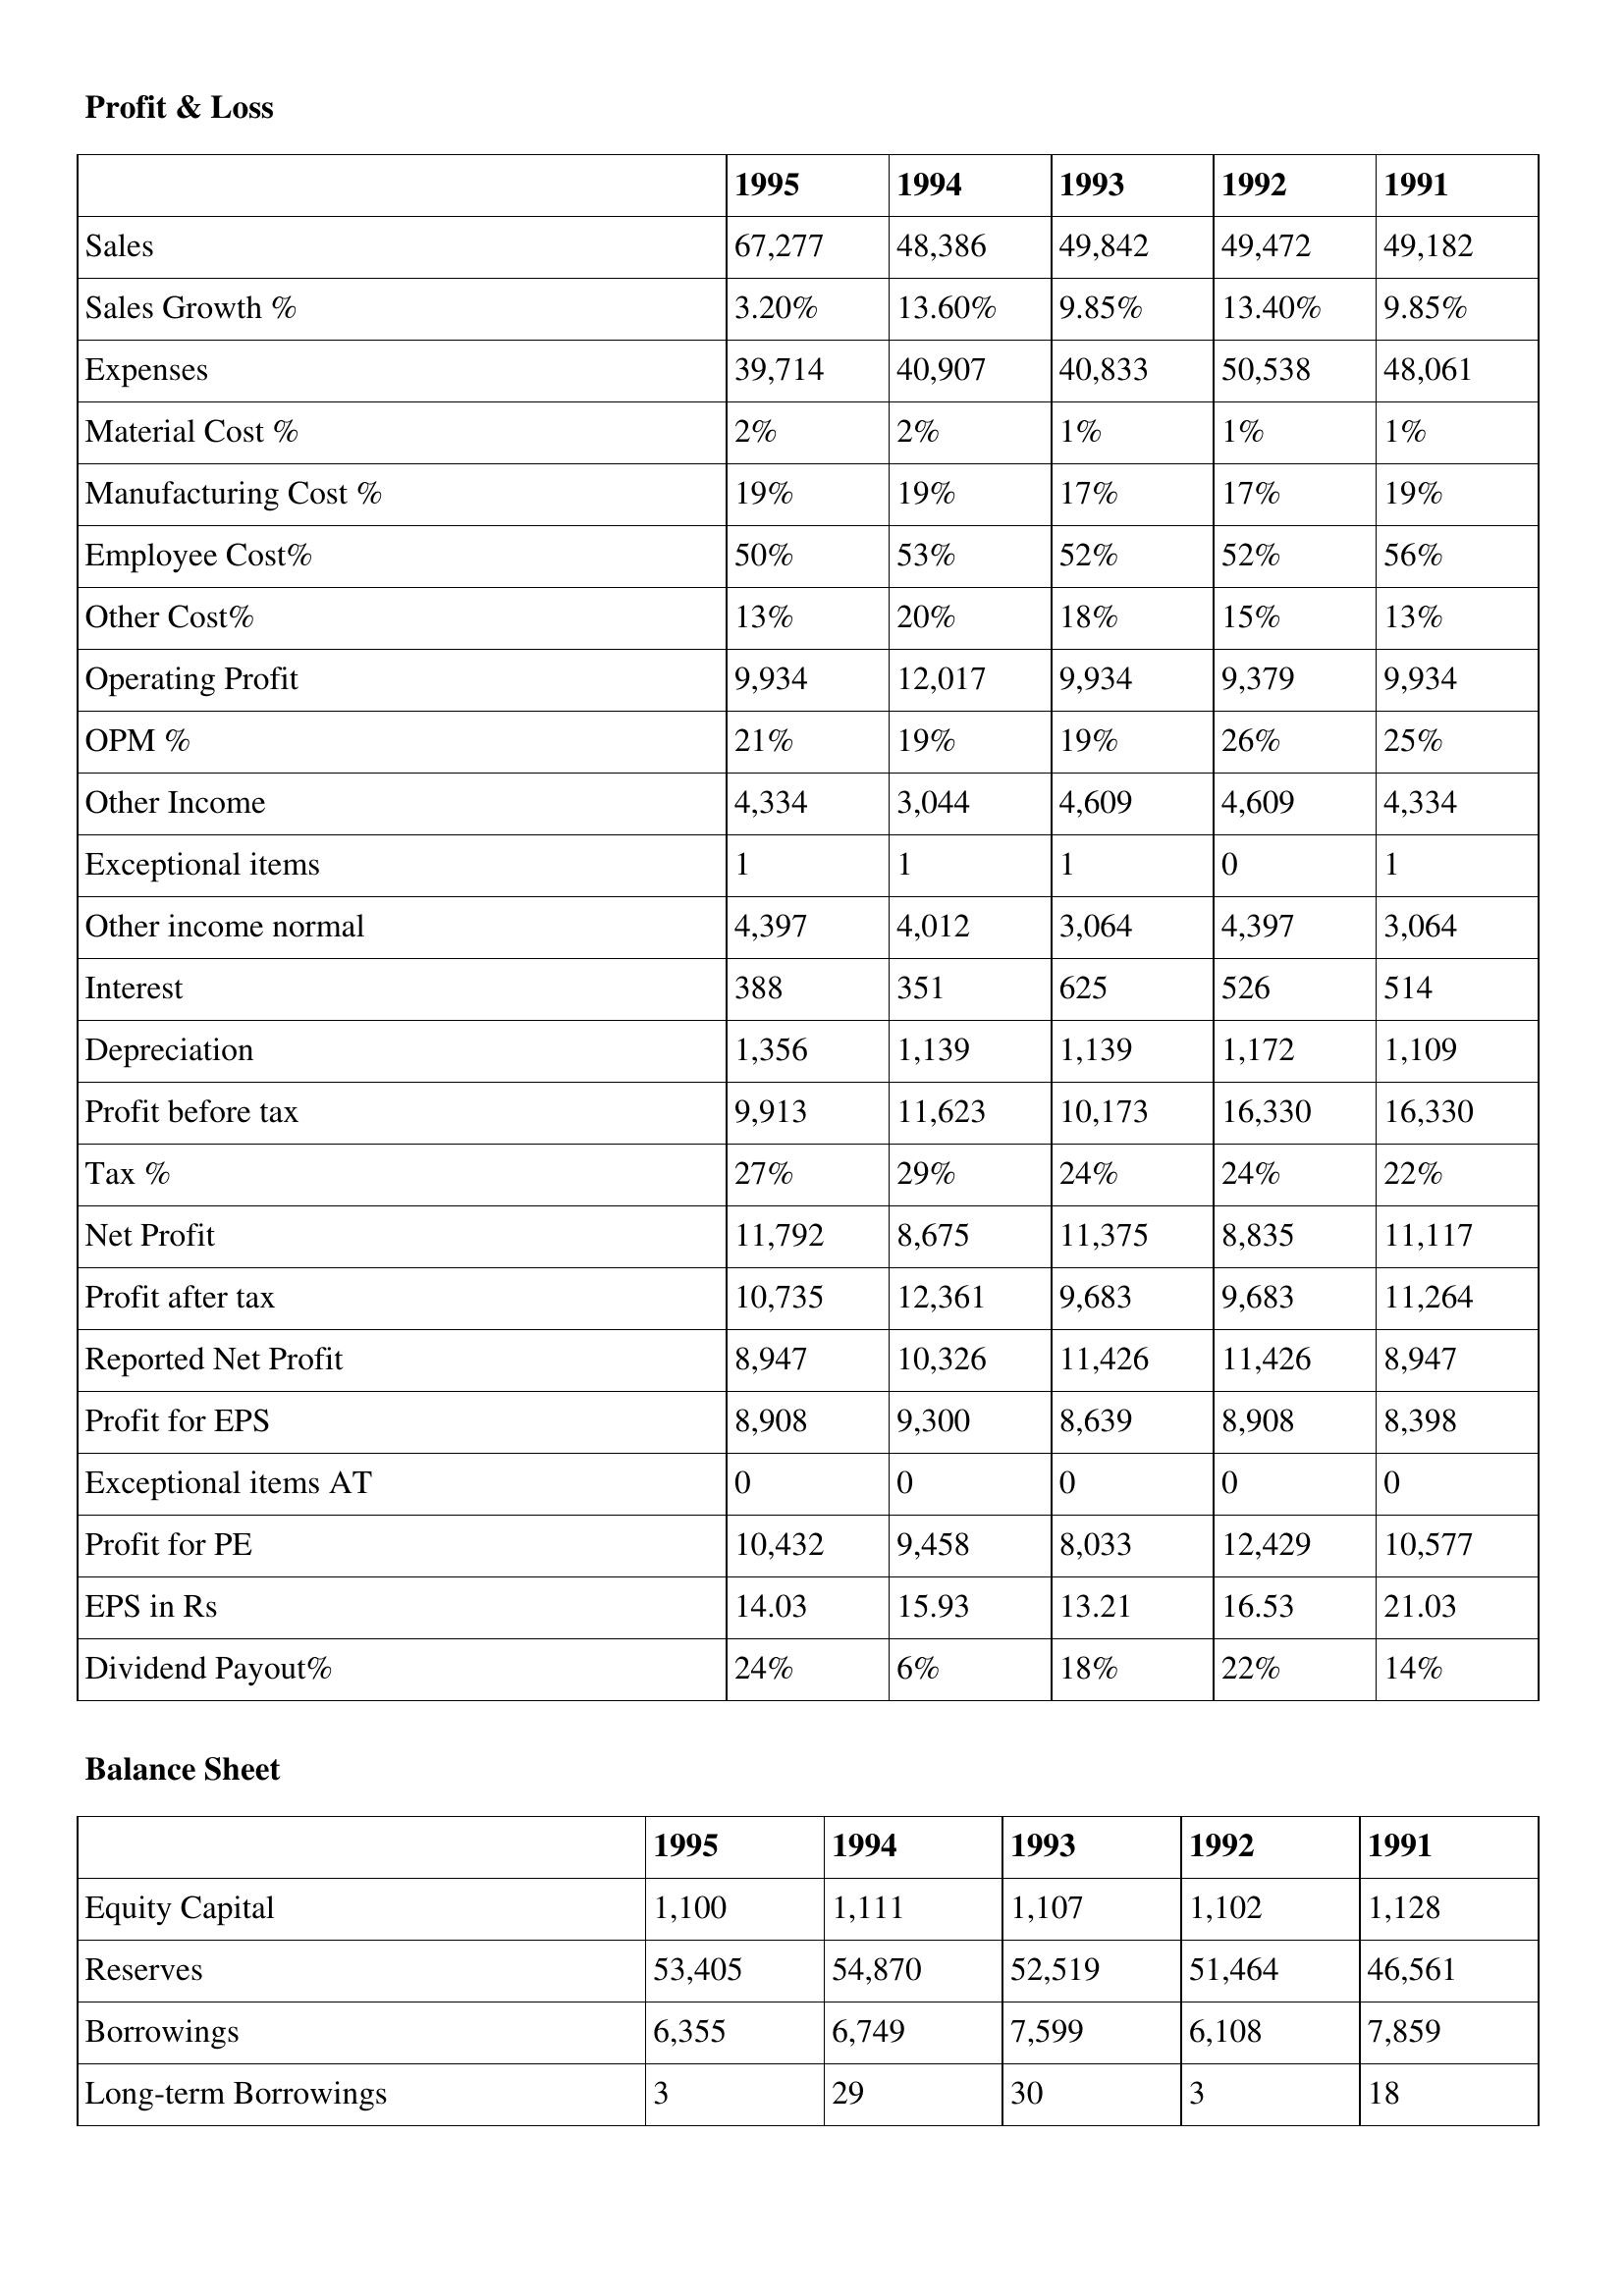
gt_parse: 1995: Profit & Loss: Sales: 67,277
Sales Growth %: 3.20%
Expenses: 39,714
Material Cost %: 2%
Manufacturing Cost %: 19%
Employee Cost%: 50%
Other Cost%: 13%
Operating Profit: 9,934
OPM %: 21%
Other Income: 4,334
Exceptional items: 1
Other income normal: 4,397
Interest: 388
Depreciation: 1,356
Profit before tax: 9,913
Tax %: 27%
Net Profit: 11,792
Profit after tax: 10,735
Reported Net Profit: 8,947
Profit for EPS: 8,908
Exceptional items AT: 0
Profit for PE: 10,432
EPS in Rs: 14.03
Dividend Payout%: 24%
Balance Sheet: Equity Capital: 1,100
Reserves: 53,405
Borrowings: 6,355
Long-term Borrowings: 3
1994: Profit & Loss: Sales: 48,386
Sales Growth %: 13.60%
Expenses: 40,907
Material Cost %: 2%
Manufacturing Cost %: 19%
Employee Cost%: 53%
Other Cost%: 20%
Operating Profit: 12,017
OPM %: 19%
Other Income: 3,044
Exceptional items: 1
Other income normal: 4,012
Interest: 351
Depreciation: 1,139
Profit before tax: 11,623
Tax %: 29%
Net Profit: 8,675
Profit after tax: 12,361
Reported Net Profit: 10,326
Profit for EPS: 9,300
Exceptional items AT: 0
Profit for PE: 9,458
EPS in Rs: 15.93
Dividend Payout%: 6%
Balance Sheet: Equity Capital: 1,111
Reserves: 54,870
Borrowings: 6,749
Long-term Borrowings: 29
1993: Profit & Loss: Sales: 49,842
Sales Growth %: 9.85%
Expenses: 40,833
Material Cost %: 1%
Manufacturing Cost %: 17%
Employee Cost%: 52%
Other Cost%: 18%
Operating Profit: 9,934
OPM %: 19%
Other Income: 4,609
Exceptional items: 1
Other income normal: 3,064
Interest: 625
Depreciation: 1,139
Profit before tax: 10,173
Tax %: 24%
Net Profit: 11,375
Profit after tax: 9,683
Reported Net Profit: 11,426
Profit for EPS: 8,639
Exceptional items AT: 0
Profit for PE: 8,033
EPS in Rs: 13.21
Dividend Payout%: 18%
Balance Sheet: Equity Capital: 1,107
Reserves: 52,519
Borrowings: 7,599
Long-term Borrowings: 30
1992: Profit & Loss: Sales: 49,472
Sales Growth %: 13.40%
Expenses: 50,538
Material Cost %: 1%
Manufacturing Cost %: 17%
Employee Cost%: 52%
Other Cost%: 15%
Operating Profit: 9,379
OPM %: 26%
Other Income: 4,609
Exceptional items: 0
Other income normal: 4,397
Interest: 526
Depreciation: 1,172
Profit before tax: 16,330
Tax %: 24%
Net Profit: 8,835
Profit after tax: 9,683
Reported Net Profit: 11,426
Profit for EPS: 8,908
Exceptional items AT: 0
Profit for PE: 12,429
EPS in Rs: 16.53
Dividend Payout%: 22%
Balance Sheet: Equity Capital: 1,102
Reserves: 51,464
Borrowings: 6,108
Long-term Borrowings: 3
1991: Profit & Loss: Sales: 49,182
Sales Growth %: 9.85%
Expenses: 48,061
Material Cost %: 1%
Manufacturing Cost %: 19%
Employee Cost%: 56%
Other Cost%: 13%
Operating Profit: 9,934
OPM %: 25%
Other Income: 4,334
Exceptional items: 1
Other income normal: 3,064
Interest: 514
Depreciation: 1,109
Profit before tax: 16,330
Tax %: 22%
Net Profit: 11,117
Profit after tax: 11,264
Reported Net Profit: 8,947
Profit for EPS: 8,398
Exceptional items AT: 0
Profit for PE: 10,577
EPS in Rs: 21.03
Dividend Payout%: 14%
Balance Sheet: Equity Capital: 1,128
Reserves: 46,561
Borrowings: 7,859
Long-term Borrowings: 18